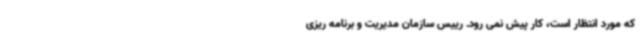
که مورد انتظار است، کار پیش نمی رود. رییس سازمان مدیریت و برنامه ریزی